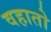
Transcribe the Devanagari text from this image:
वहातो